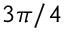
_ { 3 \pi / 4 }